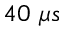
4 0 ~ \mu s